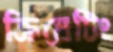
ক্রিয়েটিং